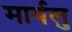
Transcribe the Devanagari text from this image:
मार्यलु